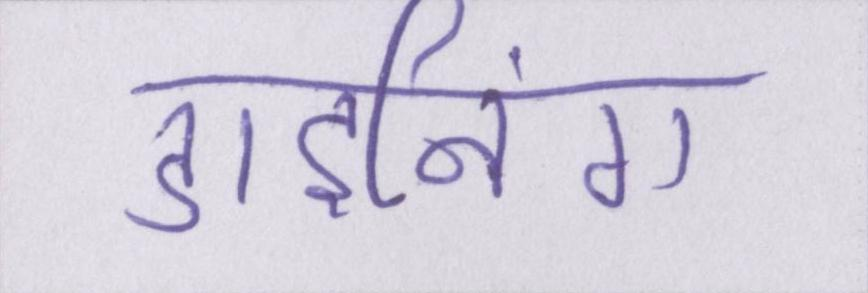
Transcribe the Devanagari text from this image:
डाइनिंग